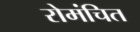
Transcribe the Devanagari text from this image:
रोमंचित